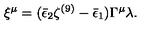
\xi ^ { \mu } = ( \bar { \epsilon } _ { 2 } \zeta ^ { ( 9 ) } - \bar { \epsilon } _ { 1 } ) \Gamma ^ { \mu } \lambda .